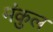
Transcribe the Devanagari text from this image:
मंकुल